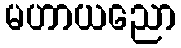
မဟာယညော